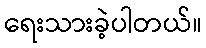
ရေးသားခဲ့ပါတယ်။